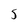
Character: 5